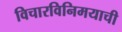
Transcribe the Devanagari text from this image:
विचारविनिमयाची